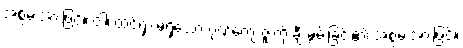
အစွမ်းအားဖြင့်။ ဝါ၊ ထင်ရှားမရှိသော ဂုဏ်ကျေးဇူးကို ချီးမွမ်းခြင်း၏ အစွမ်းအားဖြင့်။